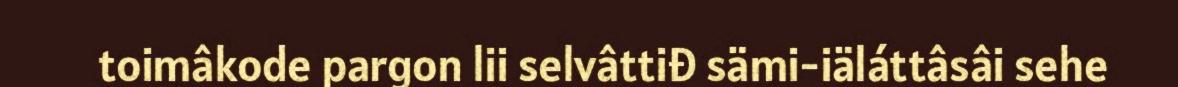
toimâkode pargon lii selvâttiđ sämi-iäláttâsâi sehe